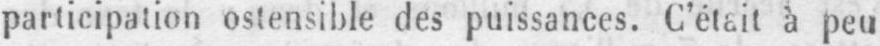
participation ostensible des puissances. C’était à peu